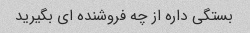
بستگی داره از چه فروشنده ای بگیرید